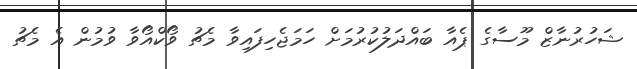
ޝަހުރުނާޒް މޫސާގެ ޕެއާ ބައްދަލުކުރުމަށް ހަމަޖެހިފައިވާ މެޗު ވޯކްއޯވާ ވުމުން އެ މެޗު